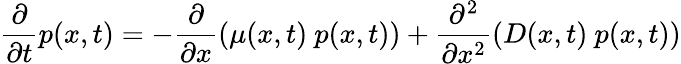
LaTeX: \frac{\partial}{\partial t}p(x,t)=-\frac{\partial}{\partial x}\left(\mu(x,t)~p(x,t)\right)+\frac{\partial^{2}}{\partial x^{2}}\left(D(x,t)~p(x,t)\right)